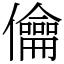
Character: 㒢